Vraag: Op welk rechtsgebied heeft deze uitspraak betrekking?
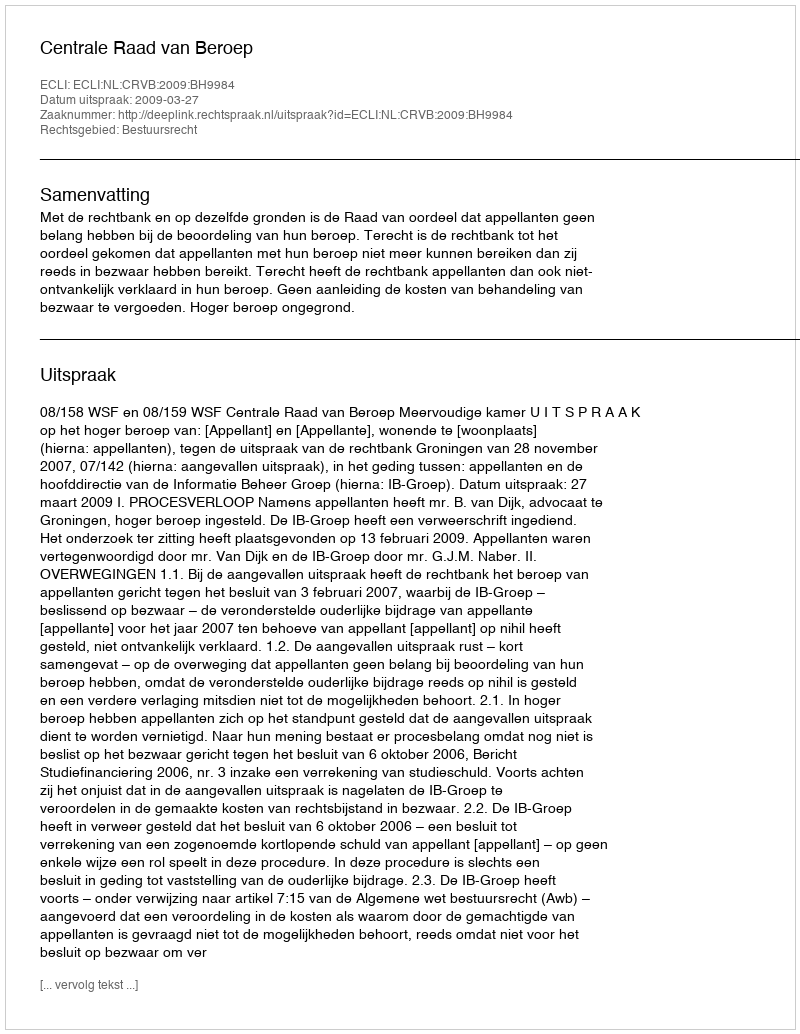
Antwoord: Bestuursrecht